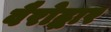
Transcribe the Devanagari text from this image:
वैरोद्धार